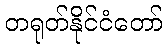
တရုတ်နိုင်ငံတော်